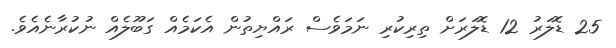
25 ޑޮލަރު 12 ޑޮލަރަށް ތިރިކުރި ނަމަވެސް ރައްޔިތުން އެކަމެއް ގަބޫލެއް ނުކުރާނެއެވެ.